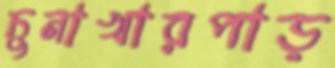
চুনাখারপাড়